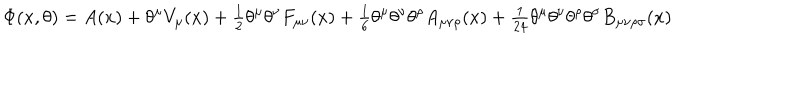
\Phi ( x , \theta ) = A ( x ) + \theta ^ { \mu } V _ { \mu } ( x ) + { \textstyle \frac 1 2 } \theta ^ { \mu } \theta ^ { \nu } F _ { \mu \nu } ( x ) + { \textstyle \frac 1 6 } \theta ^ { \mu } \theta ^ { \nu } \theta ^ { \rho } A _ { \mu \nu \rho } ( x ) + { \textstyle \frac { 1 } { 2 4 } } \theta ^ { \mu } \theta ^ { \nu } \theta ^ { \rho } \theta ^ { \sigma } B _ { \mu \nu \rho \sigma } ( x )